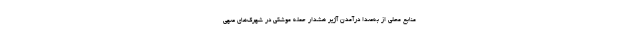
منابع محلی از به‌صدا درآمدن آژیر هشدار حمله موشکی در شهرک‌های صهی